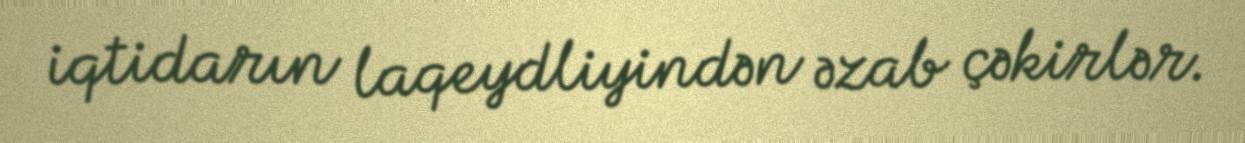
iqtidarın laqeydliyindən əzab çəkirlər.